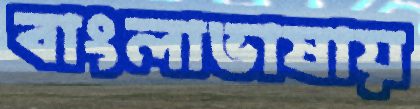
বাংলাভাষায়